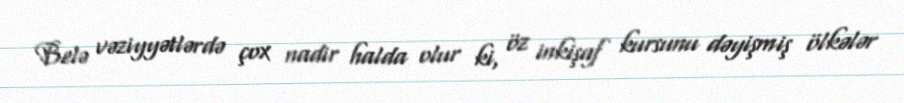
Belə vəziyyətlərdə çox nadir halda olur ki, öz inkişaf kursunu dəyişmiş ölkələr